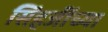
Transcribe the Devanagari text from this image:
सिंहजींच्या